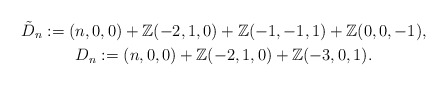
\begin{gather*}\tilde{D}_n:=(n,0,0)+\mathbb{Z}(-2,1,0)+\mathbb{Z}(-1,-1,1)+\mathbb{Z}(0,0,-1),\\D_n:=(n,0,0)+\mathbb{Z}(-2,1,0)+\mathbb{Z}(-3,0,1).\end{gather*}